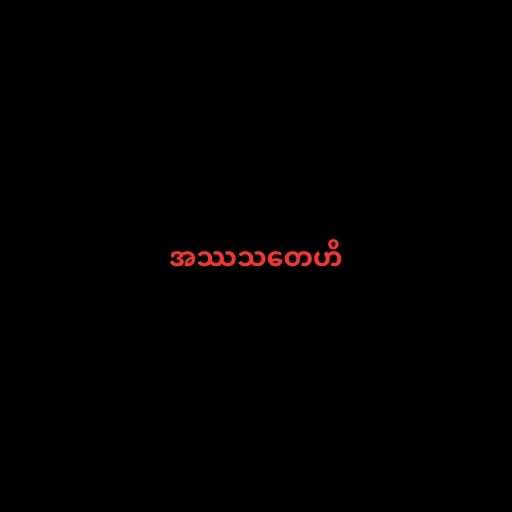
အဿသတေဟိ